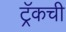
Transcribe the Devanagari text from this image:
ट्रॅकची